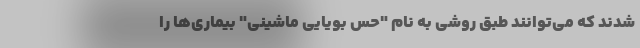
شدند که می‌توانند طبق روشی به نام "حس بویایی ماشینی" بیماری‌ها را